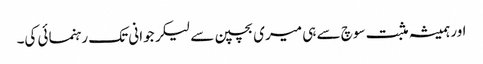
اور ہمیشہ مثبت سوچ سے ہی میری بچپن سے لیکر جوانی تک رہنمائی کی۔